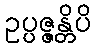
ဥပ္ပဇ္ဇန္တိပိ